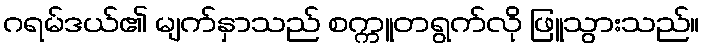
ဂရမ်ဒယ်၏ မျက်နှာသည် စက္ကူတရွက်လို ဖြူသွားသည်။